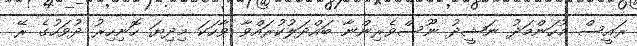
ރައީސް މުހަންމަދު ނަޝީދު ނޫސްވެރިންނާ ބައްދަލުކުރައްވާ ވާހަކަ މިދިޔަ ހޮނިހިރު ދުވަހުގެ ރޭ